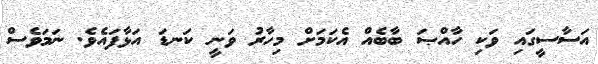
އަސާސީގައި ވަކި ހާއްޞަ ބާބެއް އެކަމަށް މިހާރު ވަނީ ކަނޑަ އަޅާފައެވެ. ނަމަވެސް